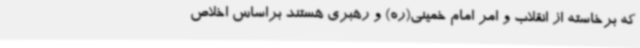
که برخاسته از انقلاب و امر امام خمینی(ره) و رهبری هستند براساس اخلاص